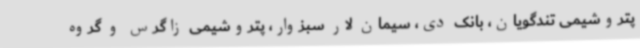
پتروشیمی تندگویان، بانک دی، سیمان لار سبزوار، پتروشیمی زاگرس و گروه